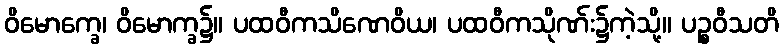
ဝိမောက္ခေ၊ ဝိမောက္ခ၌။ ပထဝီကသိဏေဝိယ၊ ပထဝီကသိုဏ်း၌ကဲ့သို့။ ပဉ္စဝီသတိ